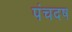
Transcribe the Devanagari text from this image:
पंचदष